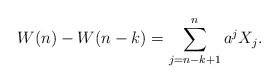
LaTeX: \begin{align*}W(n)-W(n-k) = \sum_{j=n-k+1}^{n} a^jX_j.\end{align*}